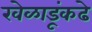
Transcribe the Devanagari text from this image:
खेळाडूंकढे